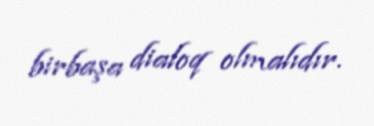
birbaşa dialoq olmalıdır.